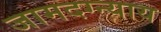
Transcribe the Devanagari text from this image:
जामदग्न्याय